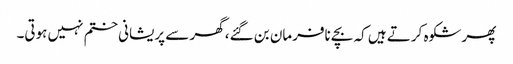
پھر شکوہ کرتے ہیں کہ بچے نافرمان بن گئے، گھر سے پریشانی ختم نہیں ہوتی۔